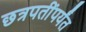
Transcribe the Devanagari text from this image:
छत्रपतींपर्यंत